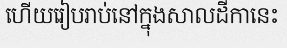
ហើយរៀបរាប់នៅក្នុងសាលដីកានេះ